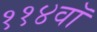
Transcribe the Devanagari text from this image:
११४वॉ